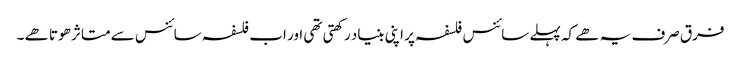
فرق صرف یہ ھے کہ پہلے سائنس فلسفہ پر اپنی بنیاد رکھتی تھی اور اب فلسفہ سائنس سے متاثر ھوتا ھے ۔